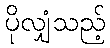
ပိုလျှံသည့်